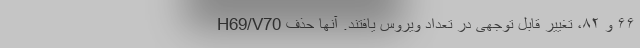
۶۶ و ۸۲، تغییر قابل توجهی در تعداد ویروس یافتند. آنها حذف H69/V70